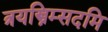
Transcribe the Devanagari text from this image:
त्रयस्त्रिम्सदमि